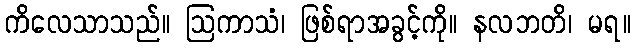
ကိလေသာသည်။ ဩကာသံ၊ ဖြစ်ရာအခွင့်ကို။ နလဘတိ၊ မရ။